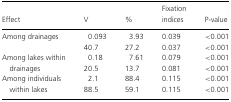
<table><thead><tr><td><b>Effect</b></td><td><b>V</b></td><td><b>%</b></td><td><b>Fixation indices</b></td><td><b>P-value</b></td></tr></thead><tbody><tr><td>Among drainages</td><td>0.093</td><td>3.93</td><td>0.039</td><td>&lt;0.001</td></tr><tr><td></td><td>40.7</td><td>27.2</td><td>0.037</td><td>&lt;0.001</td></tr><tr><td>Among lakes within</td><td>0.18</td><td>7.61</td><td>0.079</td><td>&lt;0.001</td></tr><tr><td> drainages</td><td>20.5</td><td>13.7</td><td>0.081</td><td>&lt;0.001</td></tr><tr><td>Among individuals</td><td>2.1</td><td>88.4</td><td>0.115</td><td>&lt;0.001</td></tr><tr><td> within lakes</td><td>88.5</td><td>59.1</td><td>0.115</td><td>&lt;0.001</td></tr></tbody></table>